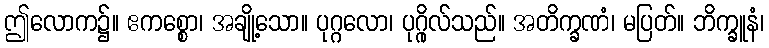
ဤလောက၌။ ဧကစ္စော၊ အချို့သော။ ပုဂ္ဂလော၊ ပုဂ္ဂိုလ်သည်။ အတိက္ခဏံ၊ မပြတ်။ ဘိက္ခူနံ၊